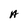
Character: A